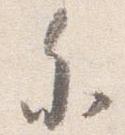
参